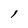
Character: l